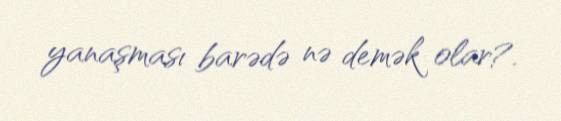
yanaşması barədə nə demək olar?.